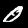
Digit: 0